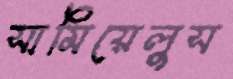
সামিয়েলুস